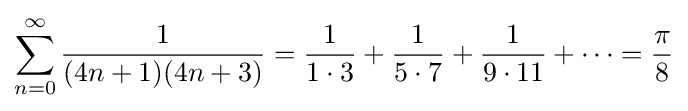
\sum _{n=0}^{\infty }{\frac {1}{(4n+1)(4n+3)}}={\frac {1}{1\cdot 3}}+{\frac {1}{5\cdot 7}}+{\frac {1}{9\cdot 11}}+\cdots ={\frac {\pi }{8}}